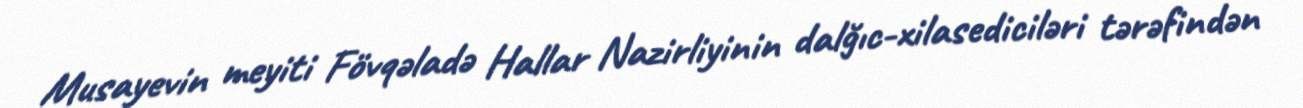
Musayevin meyiti Fövqəladə Hallar Nazirliyinin dalğıc-xilasediciləri tərəfindən